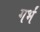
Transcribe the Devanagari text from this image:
गर्भं